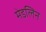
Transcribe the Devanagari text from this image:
मेडलिन